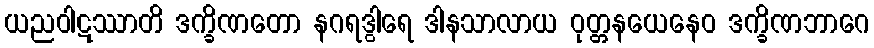
ယညဝါဋဿာတိ ဒက္ခိဏတော နဂရဒွါရေ ဒါနသာလာယ ဝုတ္တနယေနေဝ ဒက္ခိဏဘာဂေ